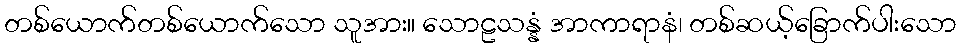
တစ်ယောက်တစ်ယောက်သော သူအား။ သောဠသန္နံ အာကာရာနံ၊ တစ်ဆယ့်ခြောက်ပါးသော